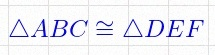
\triangle ABC\cong\triangle DEF